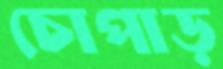
চোপাড়